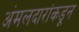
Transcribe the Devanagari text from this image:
अंमलदारांकडून